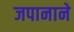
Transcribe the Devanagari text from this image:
जपानाने